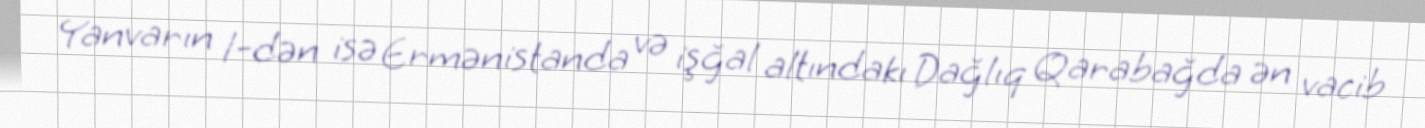
Yanvarın 1-dən isə Ermənistanda və işğal altındakı Dağlıq Qarabağda ən vacib